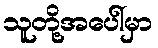
သူတို့အပေါ်မှာ